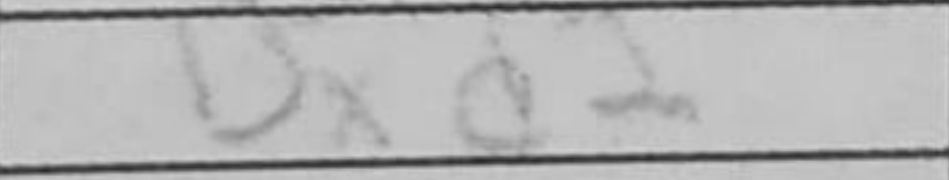
Transcription: Bxd2